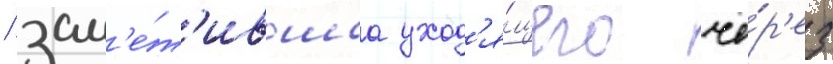
/ зам'е́т'ившаа уход'я́щего че́р'ез